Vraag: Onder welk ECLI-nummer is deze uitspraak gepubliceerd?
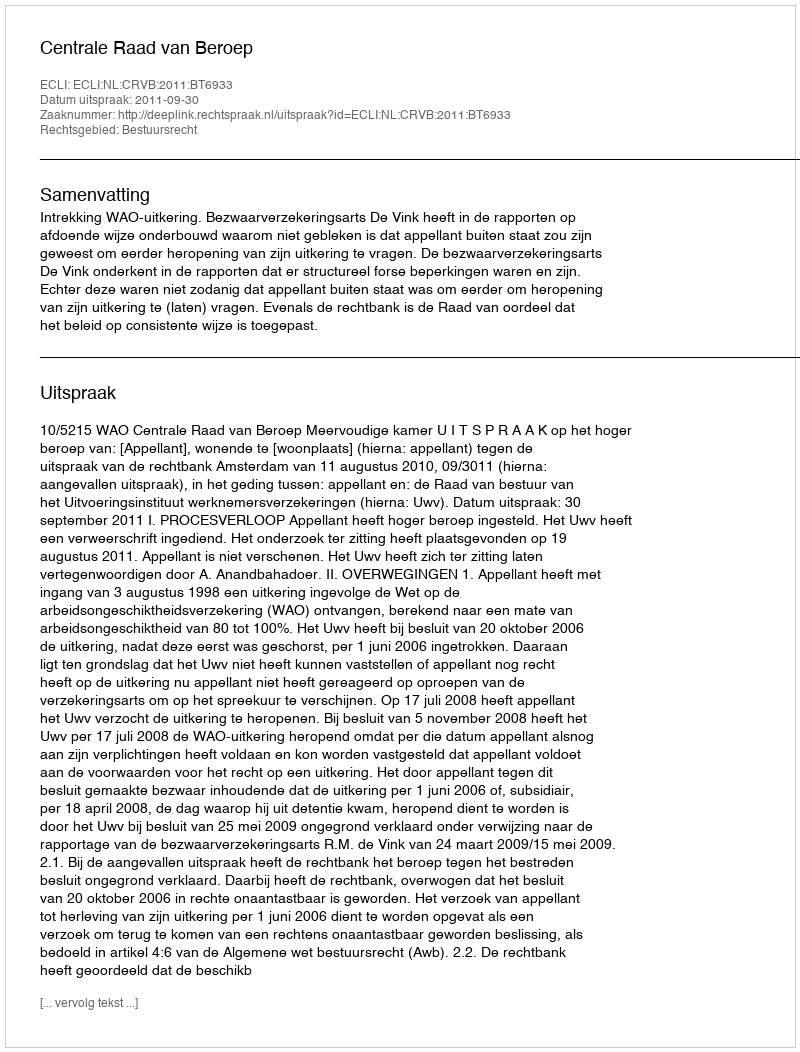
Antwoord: ECLI:NL:CRVB:2011:BT6933